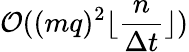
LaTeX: \mathcal{O}({(mq)^{2}\lfloor\frac{n}{\Delta t}\rfloor})